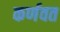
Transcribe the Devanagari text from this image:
कर्णवत